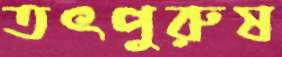
তৎপুরুষ